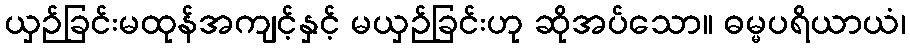
ယှဉ်ခြင်းမထုန်အကျင့်နှင့် မယှဉ်ခြင်းဟု ဆိုအပ်သော။ ဓမ္မပရိယာယံ၊